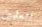
اتعلمين